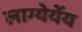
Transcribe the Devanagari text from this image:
लाग्येर्येय